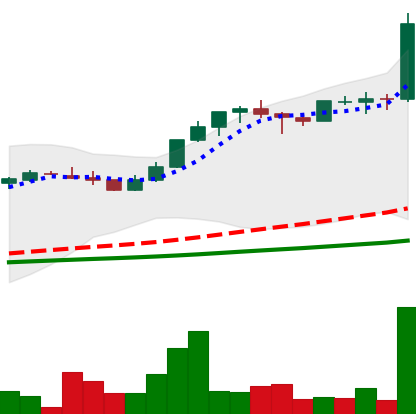
Ticker: LTC-USD
Chart end date: 2017-05-03
Forward return: 37.617%
Label: up_7plus